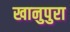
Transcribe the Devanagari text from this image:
खानुपुरा